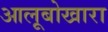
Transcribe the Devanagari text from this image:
आलूबोखारा